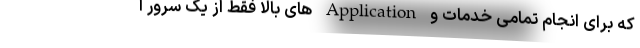
که برای انجام تمامی خدمات و Application های بالا فقط از یک سرور ا